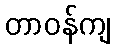
တာဝန်ကျ